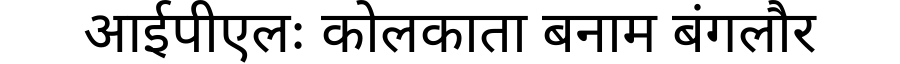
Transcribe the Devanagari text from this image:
आईपीएलः कोलकाता बनाम बंगलौर